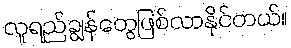
လူရည်ချွန်တွေဖြစ်လာနိုင်တယ်။